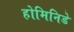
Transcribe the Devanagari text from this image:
होमिनिडे